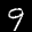
Label: 9